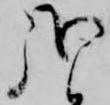
哉